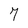
Character: 7